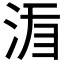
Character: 𣵍